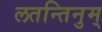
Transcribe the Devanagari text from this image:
लतन्तिनुम्